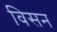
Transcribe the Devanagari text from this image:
विसन